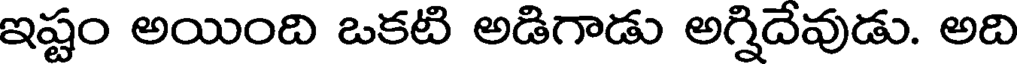
ఇష్టం అయింది ఒకటి అడిగాడు అగ్నిదేవుడు. అది